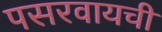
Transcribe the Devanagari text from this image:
पसरवायची